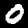
Label: 0